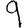
Digit: 9